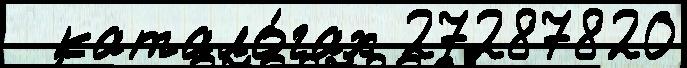
  катало́гах 27287820